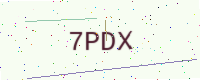
Text: 7PDX